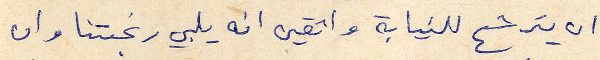
ان يترشح للنيابة واثقين انه يلبي رغبتنا وان